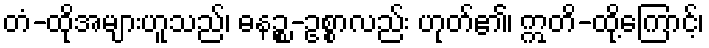
တံ-ထိုအများဟူသည်၊ ဓနဉ္စ-ဥစ္စာလည်း ဟုတ်၏၊ ဣတိ-ထို့ကြောင့်၊